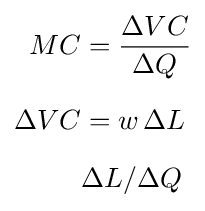
{\begin{aligned}MC&={\frac {\Delta VC}{\Delta Q}}\\[6pt]\Delta VC&=w\,\Delta L\\[6pt]&\Delta L/\Delta Q\end{aligned}}